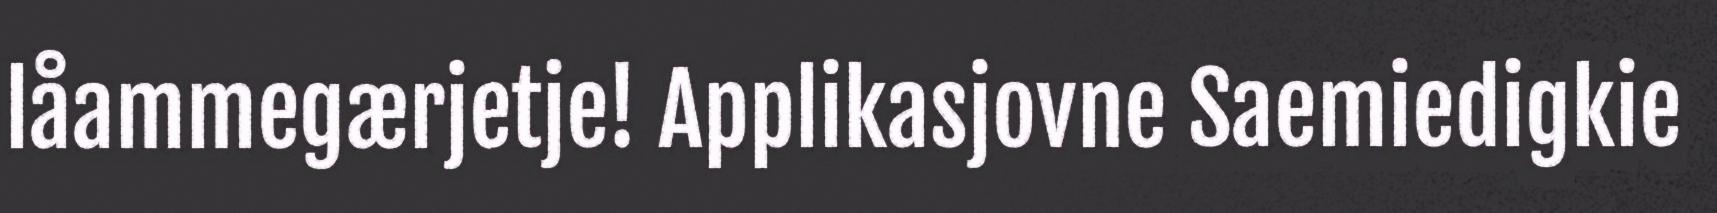
låammegærjetje! Applikasjovne Saemiedigkie